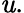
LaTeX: \mathit{u}.